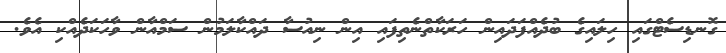
ގޮނޑިސެޓްގައި ހިލައިގެ ބުދެއްފަދައިން ހަރަކާތްނެތިފައި އިން ނިއުސާ ދައްކާލަމުން ސަމްއާން ވާހަކަދެއްކި އެވެ.